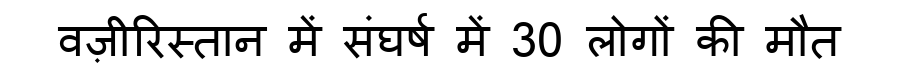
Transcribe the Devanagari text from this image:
वज़ीरिस्तान में संघर्ष में 30 लोगों की मौत